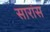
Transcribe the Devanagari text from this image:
सारांस